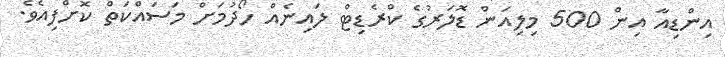
އިންޑިއާ އިން 500 މިލިއަން ޑޮލަރުގެ ކްރެޑިޓް ލައިނެއް ހޯދުމަށް މަސައްކަތް ކޮށްފިއެވެ.